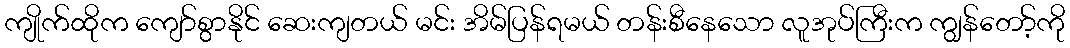
ကျိုက်ထိုက ကျော်စွာနိုင် ဆေးကျတယ် မင်း အိမ်ပြန်ရမယ် တန်းစီနေသော လူအုပ်ကြီးက ကျွန်တော့်ကို